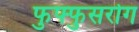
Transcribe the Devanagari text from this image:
फुफ्फुसरोग